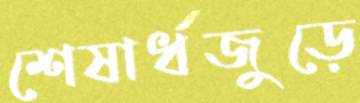
শেষার্ধজুড়ে